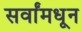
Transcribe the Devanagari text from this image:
सर्वांमधून